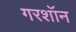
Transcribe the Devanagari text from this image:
गरशॉन